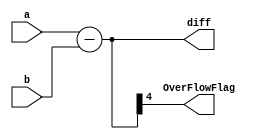
`timescale 1ns / 1ps

module ALU_SubCore(a, b, diff, OverFlowFlag);
input [3:0] a, b;
output [4:0] diff;
output OverFlowFlag;

assign diff = a - b;
assign OverFlowFlag = diff[4];

endmodule